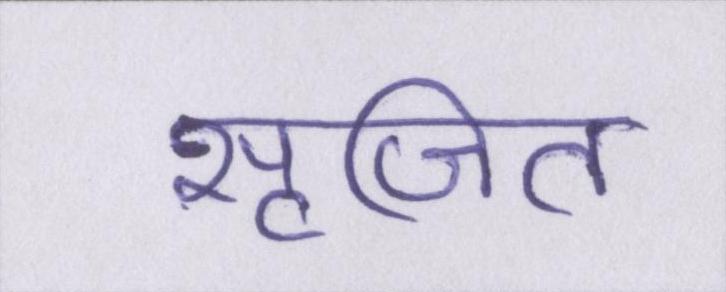
सृजित